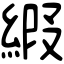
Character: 𦀩